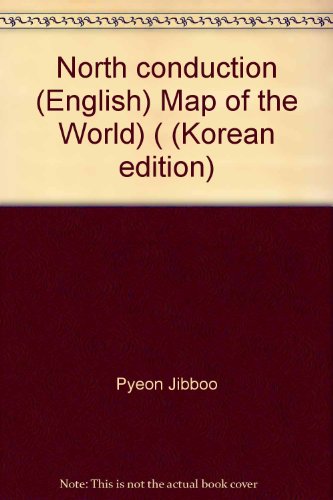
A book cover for North conduction (English) Map of the World) ( (Korean edition); Travel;